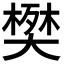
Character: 𫯹